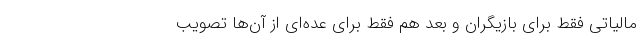
مالیاتی فقط برای بازیگران و بعد هم فقط برای عده‌ای از آن‌ها تصویب